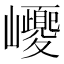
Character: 巎